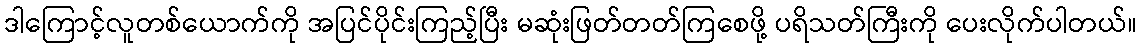
ဒါကြောင့်လူတစ်ယောက်ကို အပြင်ပိုင်းကြည့်ပြီး မဆုံးဖြတ်တတ်ကြစေဖို့ ပရိသတ်ကြီးကို ပေးလိုက်ပါတယ်။